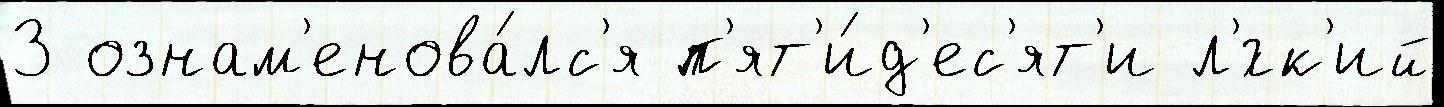
3 ознам'енова́лс'я п'ят'и́д'ес'ят'и л'́гк'ий